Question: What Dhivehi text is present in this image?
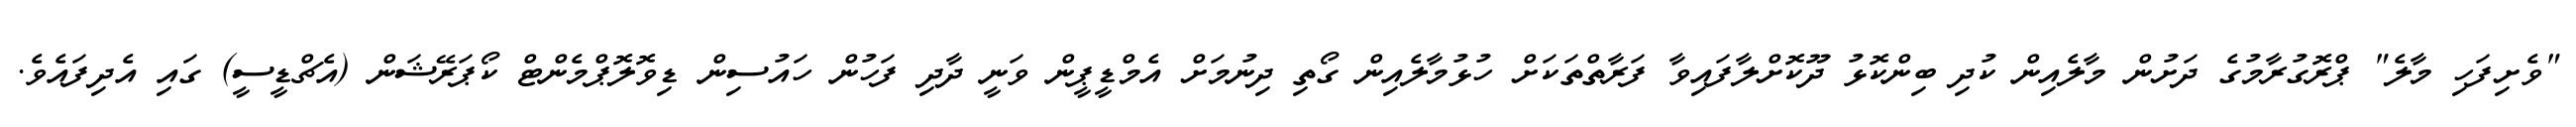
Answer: "ވެށިފަހި މާލެ" ޕްރޮގުރާމުގެ ދަށުން މާލެއިން ކުދި ބިންކޮޅު ދޫކޮށްލާފައިވާ ފަރާތްތަކަށް ހުޅުމާލެއިން ގޯތި ދިނުމަށް އެމްޑީޕީން ވަނީ ދާދި ފަހުން ހައުސިން ޑިވޮލޮޕްމެންޓް ކޯޕަރޭޝަން (އެޗްޑީސީ) ގައި އެދިފައެވެ.